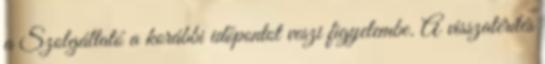
a Szolgáltató a korábbi időpontot veszi figyelembe. A visszatérítés